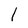
Character: 1